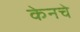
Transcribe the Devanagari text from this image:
केनचे